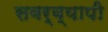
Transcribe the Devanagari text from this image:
सवर्व्यापी